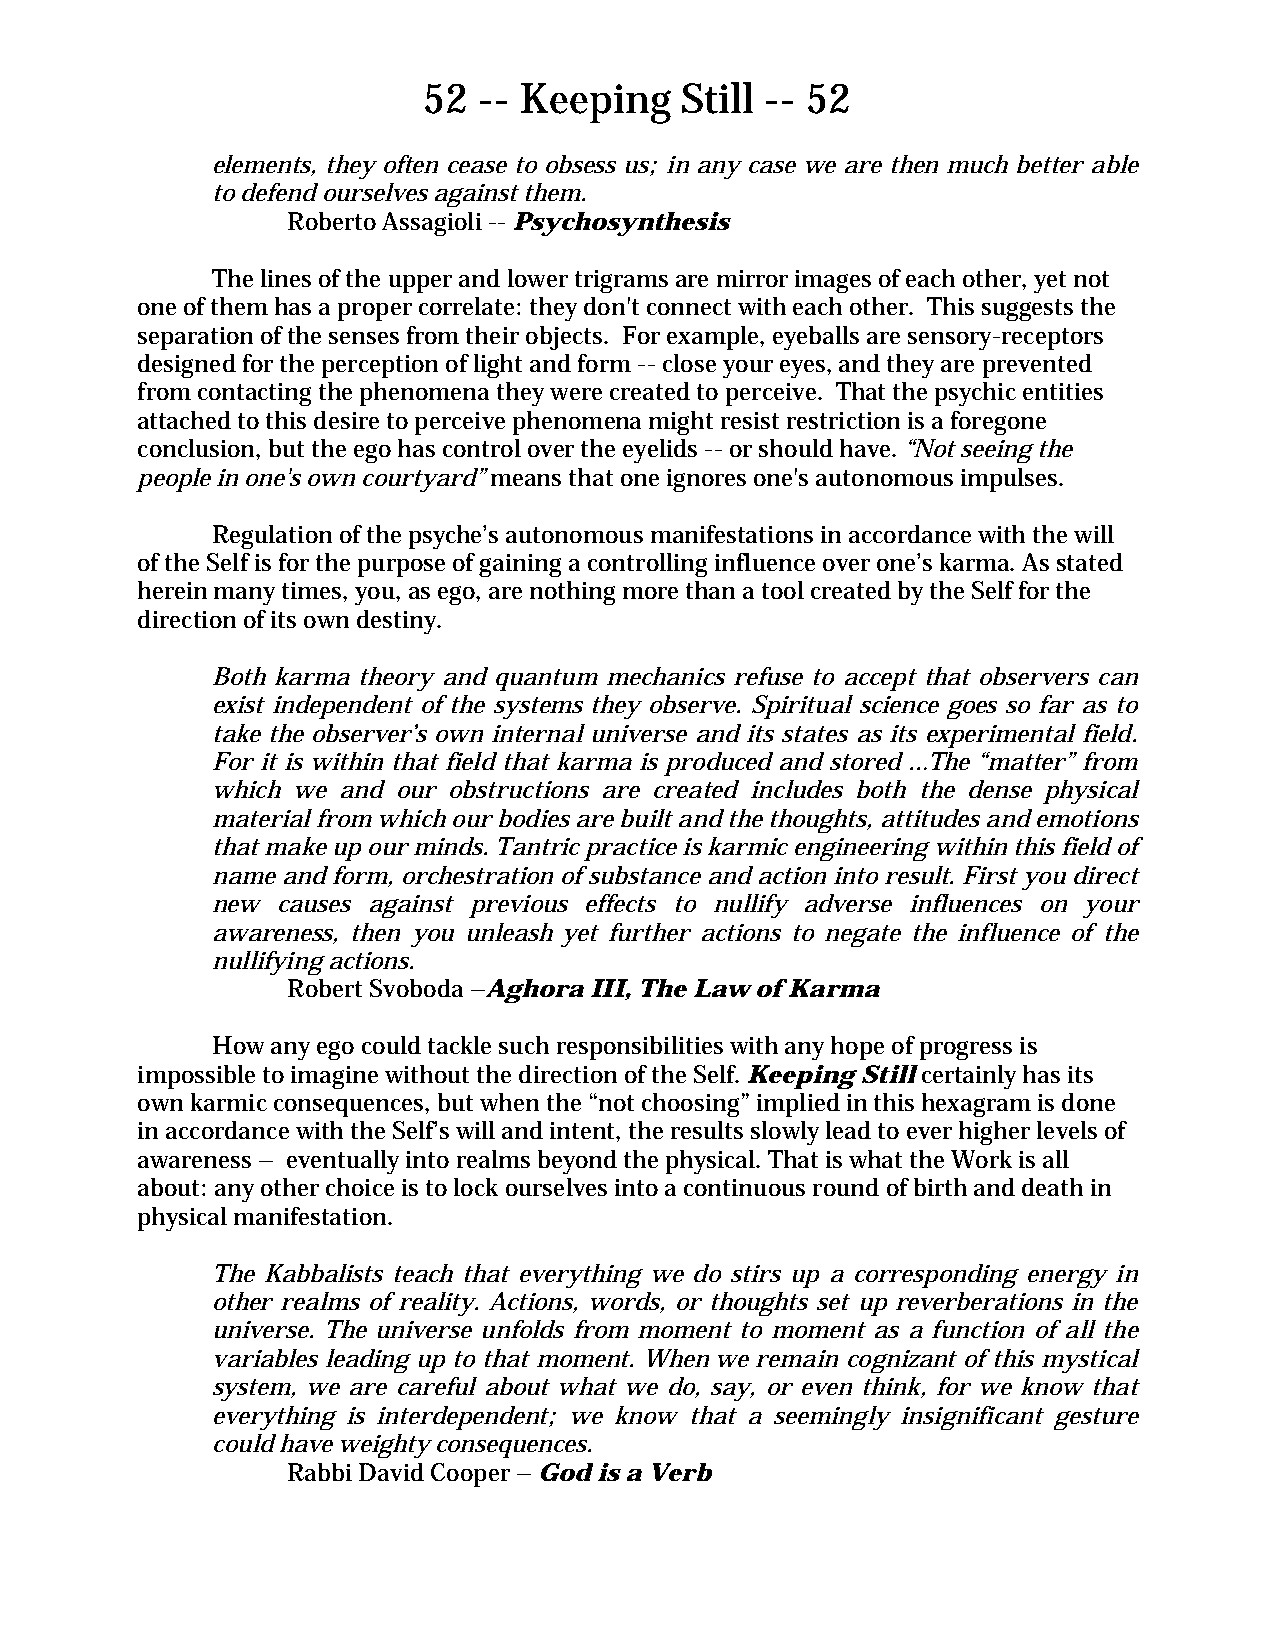
52  -- Keeping   Still -- 52
 elements, they often cease to obsess us; in any case we are then much better able
 to defend ourselves against them.
 Roberto Assagioli -- Psychosynthesis
 The lines of the upper and lower trigrams are mirror images of each other, yet not
 one of them has a proper correlate: they don't connect with each other. This suggests the
 separation of the senses from their objects. For example, eyeballs are sensory-receptors
 designed for the perception of light and form -- close your eyes, and they are prevented
 from contacting the phenomena they were created to perceive. That the psychic entities
 attached to this desire to perceive phenomena might resist restriction is a foregone
 conclusion, but the ego has control over the eyelids -- or should have. “Not seeing the
 people in one's own courtyard” means that one ignores one's autonomous impulses.
 Regulation of the psyche’s autonomous manifestations in accordance with the will
 of the Self is for the purpose of gaining a controlling influence over one’s karma. As stated
 herein many times, you, as ego, are nothing more than a tool created by the Self for the
 direction of its own destiny.
 Both karma theory and quantum mechanics refuse to accept that observers can
 exist independent of the systems they observe. Spiritual science goes so far as to
 take the observer’s own internal universe and its states as its experimental field.
 For it is within that field that karma is produced and stored …The “matter” from
 which we and our obstructions are created includes both the dense physical
 material from which our bodies are built and the thoughts, attitudes and emotions
 that make up our minds. Tantric practice is karmic engineering within this field of
 name and form, orchestration of substance and action into result. First you direct
 new causes against previous effects to nullify adverse influences on your
 awareness, then you unleash yet further actions to negate the influence of the
 nullifying actions.
 Robert Svoboda –Aghora III, The Law of Karma
 How any ego could tackle such responsibilities with any hope of progress is
 impossible to imagine without the direction of the Self. Keeping Still certainly has its
 own karmic consequences, but when the “not choosing” implied in this hexagram is done
 in accordance with the Self’s will and intent, the results slowly lead to ever higher levels of
 awareness – eventually into realms beyond the physical. That is what the Work is all
 about: any other choice is to lock ourselves into a continuous round of birth and death in
 physical manifestation.
 The Kabbalists teach that everything we do stirs up a corresponding energy in
 other realms of reality. Actions, words, or thoughts set up reverberations in the
 universe. The universe unfolds from moment to moment as a function of all the
 variables leading up to that moment. When we remain cognizant of this mystical
 system, we are careful about what we do, say, or even think, for we know that
 everything is interdependent; we know that a seemingly insignificant gesture
 could have weighty consequences.
 Rabbi David Cooper – God is a Verb